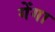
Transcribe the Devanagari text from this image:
गेंगा